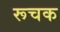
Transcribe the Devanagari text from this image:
रूचक